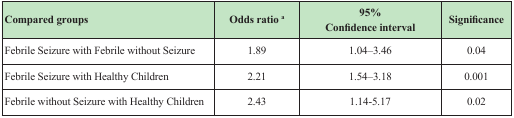
| Compared groups | Oddsratio a | 95% Confidence interval | Significance |
 | --- | --- | --- | --- |
 | Febrile Seizure with Febrile without Seizure | 1.89 | 1.04–3.46 | 0.04 |
 | Febrile Seizure with Healthy Children | 2.21 | 1.54–3.18 | 0.001 |
 | Febrile without Seizure with Healthy Children | 2.43 | 1.14-5.17 | 0.02 |